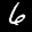
Label: 6